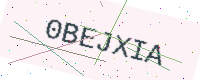
Text: 0BEJXIA